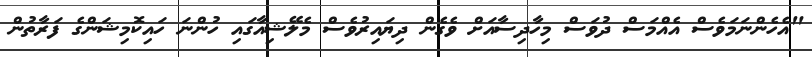
"އެހެންނަމަވެސް އެއްމަސް ދުވަސް މިހާދިސާއަށް ވެގެން ދިޔައިރުވެސް މެލޭޝިއާގައި ހުންނަ ހައިކޮމިޝަންގެ ފަރާތުން